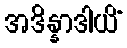
အဒိန္နာဒါယိံ